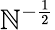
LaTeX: \mathbb{N}^{-\frac{{1}}{{2}}}